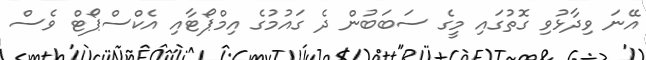
އޭނަ ވިދާޅުވި ގޮތުގައި މީގެ ސަބަބުން ދެ ގައުމުގެ އިމްޕޯޓާއި އެކްސްޕޯޓް ވެސް